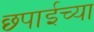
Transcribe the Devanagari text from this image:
छ्पाईच्या